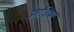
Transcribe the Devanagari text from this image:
आड़िषा